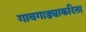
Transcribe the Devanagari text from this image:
गावगाड्याकरिता